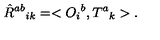
\hat { R } ^ { a b } { } _ { i k } = < O _ { i } { } ^ { b } , T ^ { a } { } _ { k } > .